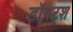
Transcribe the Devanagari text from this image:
डॉयट्श